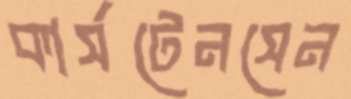
কার্সটেনসেন